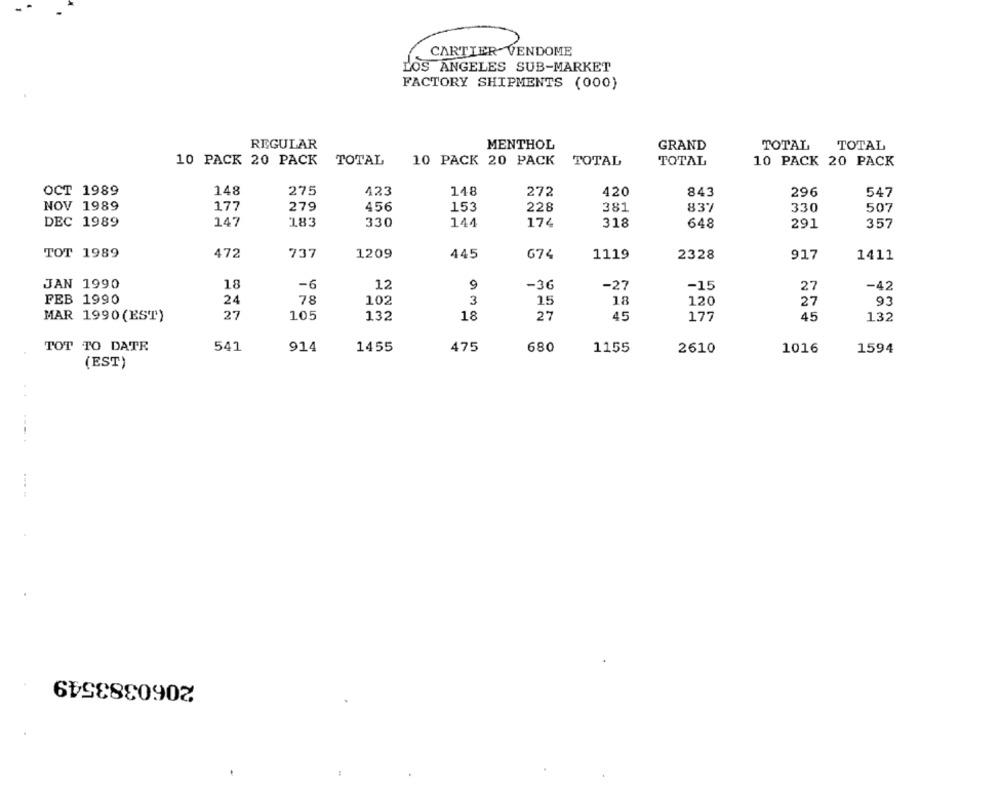
CARTIER" VENDOME
LOS ANGELES SUB-MARKET
FACTORY SHIPMENTS (000)
REGULAR
MENTHOL
GRAND
TOTAL
TOTAL
10 PACK 20 PACK
TOTAL
10 PACK 20 PACK
TOTAL
TOTAL
10 PACK 20 PACK
OCT 1989
148
275
148
420
423
272
843
296
547
NOV 1989
177
279
456
153
228
837
381
330
507
147
DEC 1989
183
330
144
174
318
648
291
357
TOT 1989
472
737
445
1209
674
1119
2328
917
1411
JAN 1990
18
-6
12
9
-36
-27
-15
-42
27
FEB 1990
78
102
3
18
120
27
93
24
15
MAR 1990(EST)
27
105
132
18
27
45
45
132
177
TOT TO DATE
541
914
1455
475
680
1155
2610
1594
1016
(EST)
2060383549